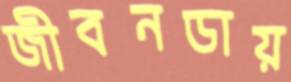
জীবনডায়